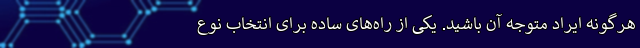
هرگونه ایراد متوجّه آن باشید. یکی از راه‌های ساده برای انتخاب نوع